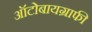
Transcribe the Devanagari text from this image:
ऑटोबायग्राफी